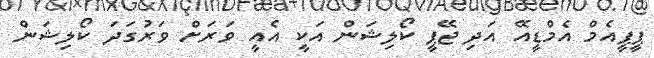
ޕީޕީއެމް އެމްޑީއޭ އަދި ޖޭޕީ ކޯލިޝަން އަކީ އެއީ ވަރަށް ވަރުގަދަ ކޯލިޝަން